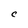
Character: C